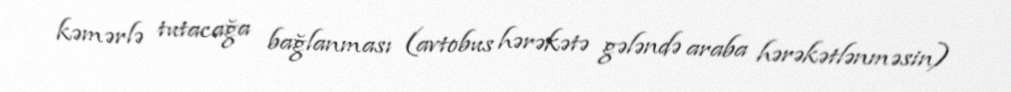
kəmərlə tutacağa bağlanması (avtobus hərəkətə gələndə araba hərəkətlənməsin)